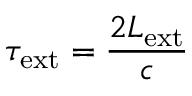
\tau _ { \mathrm { e x t } } = \frac { 2 L _ { \mathrm { e x t } } } { c }